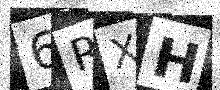
Text: 6RXH